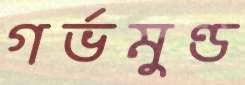
গর্ভমুণ্ড